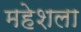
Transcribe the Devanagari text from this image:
महेशला